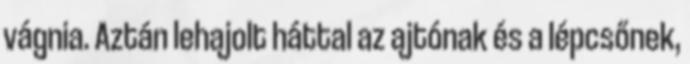
vágnia. Aztán lehajolt háttal az ajtónak és a lépcsőnek,